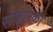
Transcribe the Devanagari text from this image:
संकारको